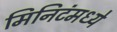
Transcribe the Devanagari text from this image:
मिनिटंमध्ये